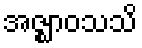
အဇ္ဈာဝသသိ